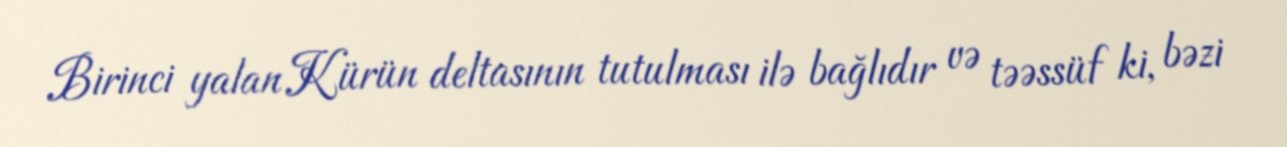
Birinci yalan Kürün deltasının tutulması ilə bağlıdır və təəssüf ki, bəzi